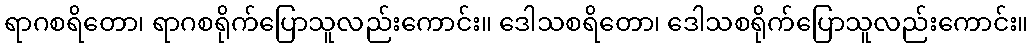
ရာဂစရိတော၊ ရာဂစရိုက်ပြောသူလည်းကောင်း။ ဒေါသစရိတော၊ ဒေါသစရိုက်ပြောသူလည်းကောင်း။